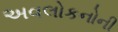
અવલોકનોની